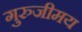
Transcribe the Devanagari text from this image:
गुरुजीमय